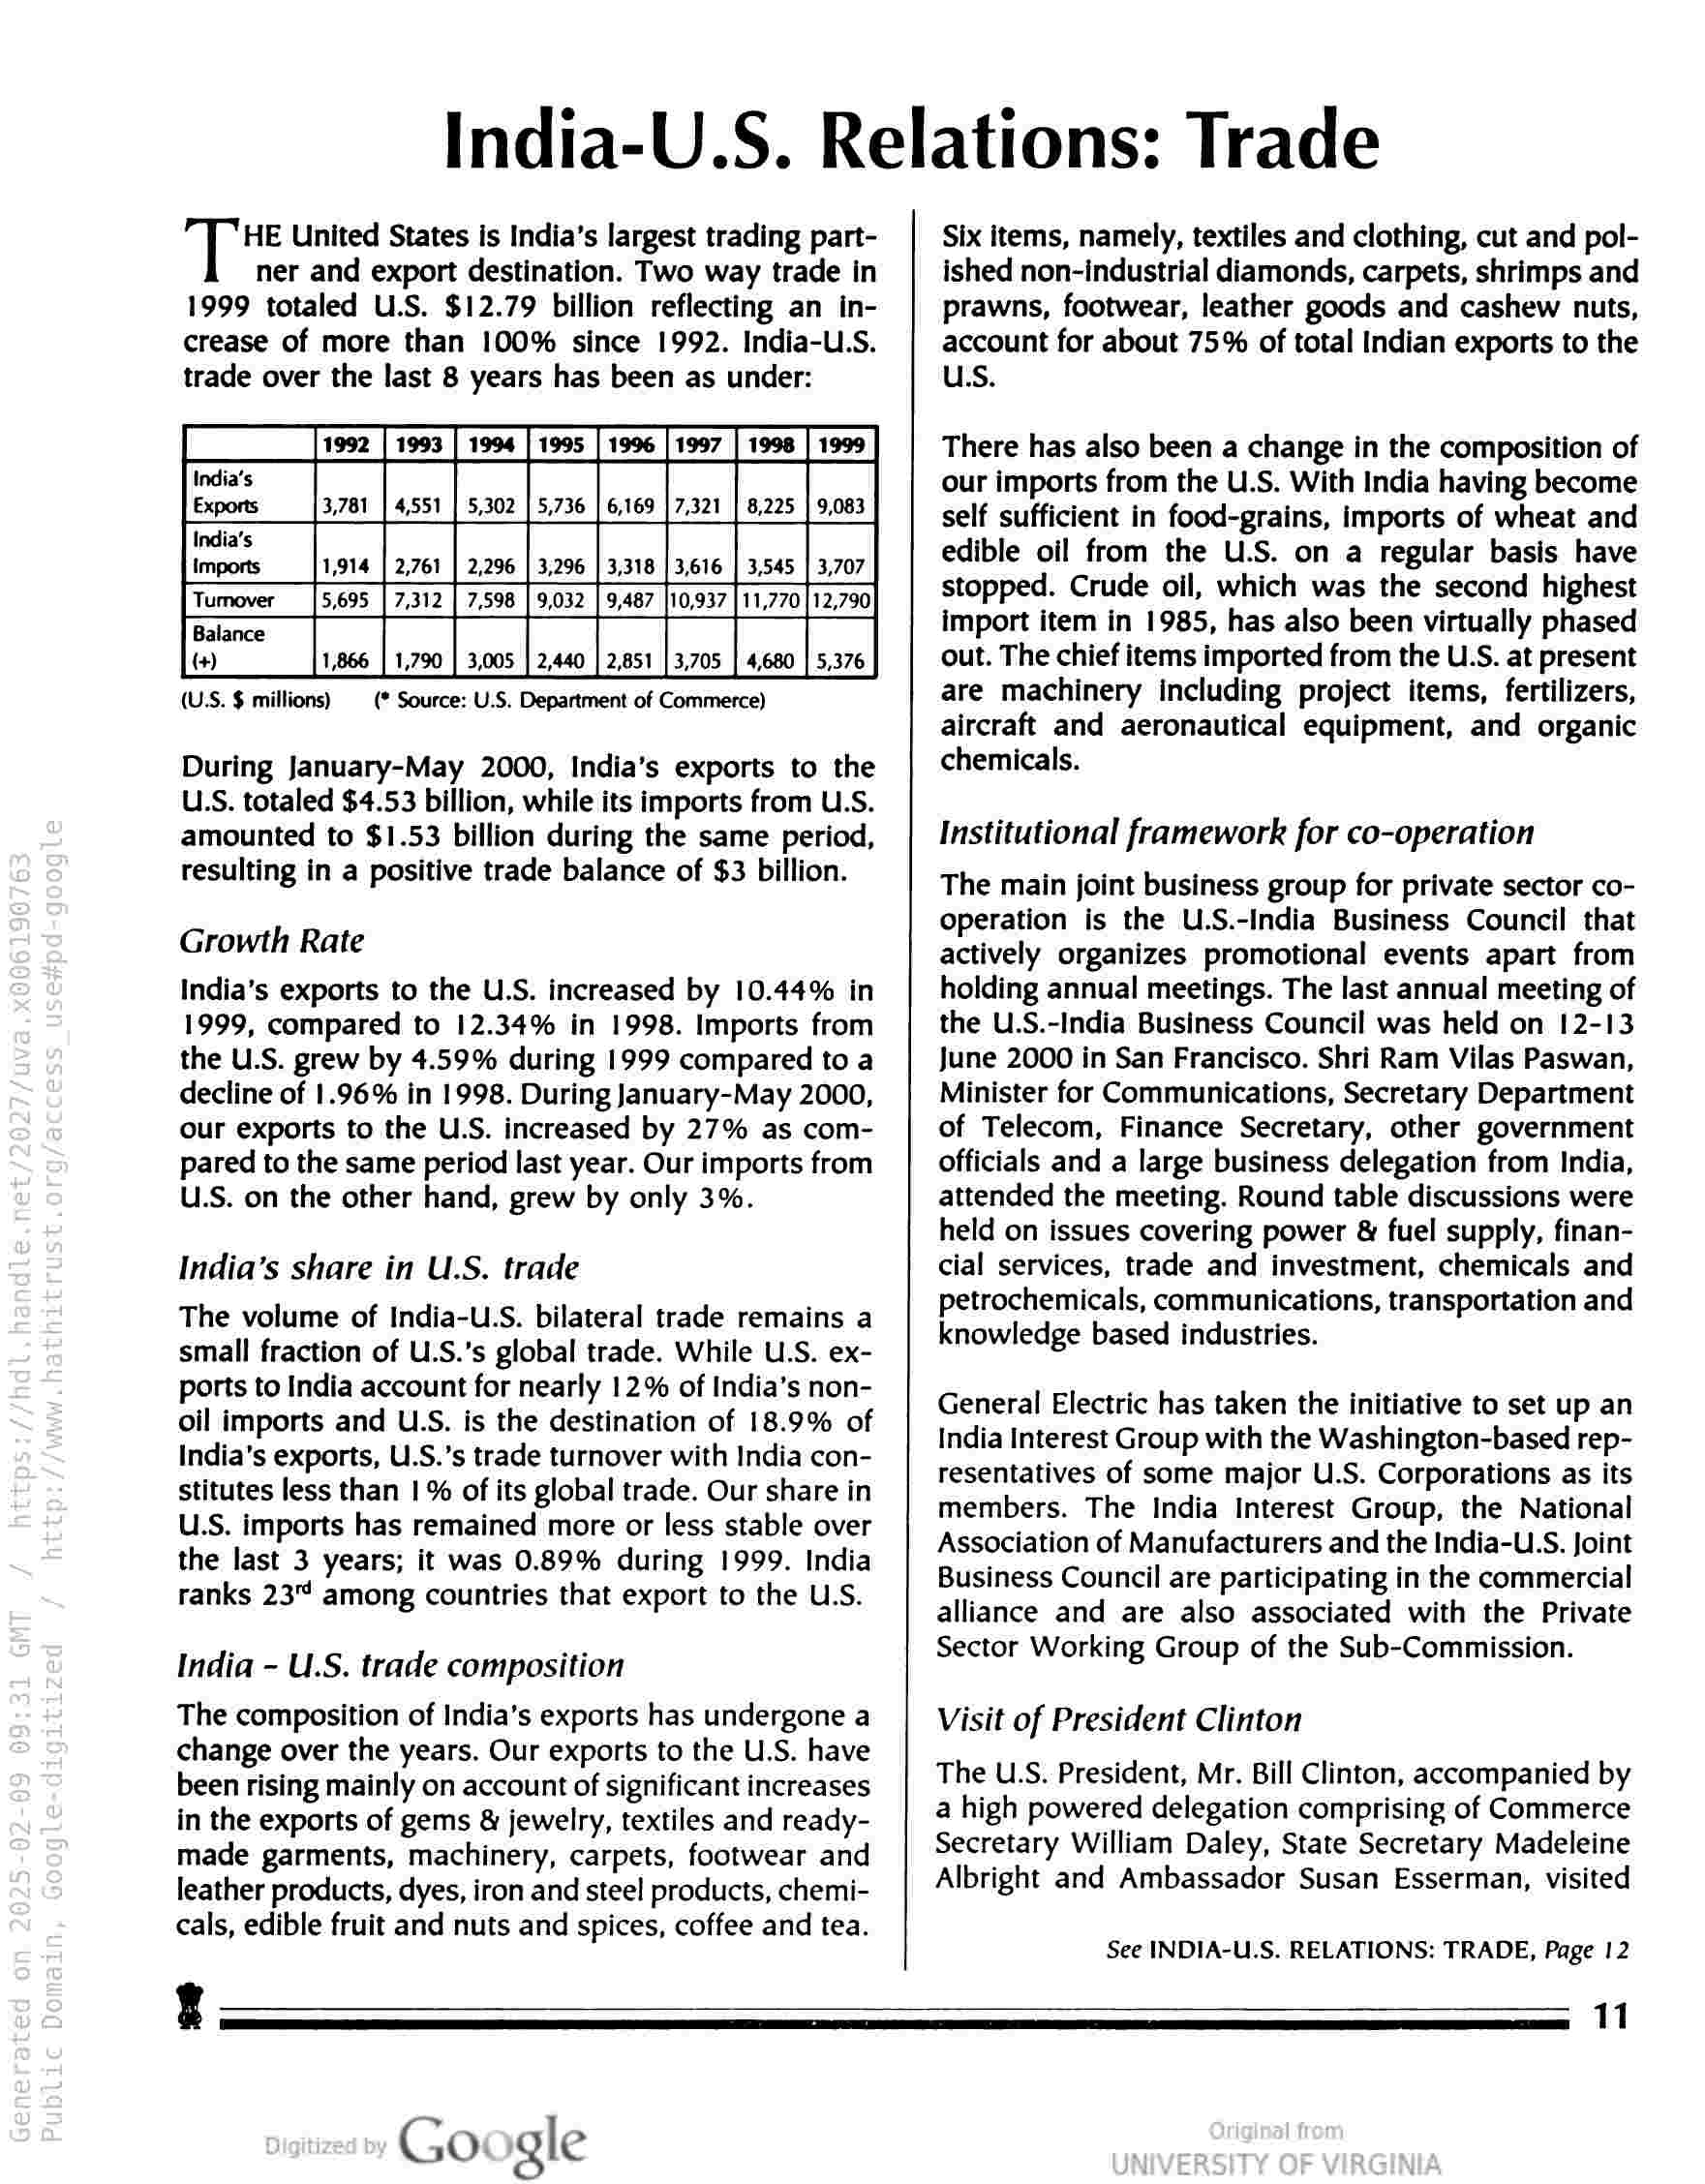
India-U.S. Relations: Trade

HE United States is India’s largest trading part-

ner and export destination. Two way trade in
1999 totaled U.S. $12.79 billion reflecting an in-
crease of more than 100% since 1992. India-U.S.
trade over the last 8 years has been as under:

——
Exports 3,781 5,736 | 6,169 | 7,321 | 8,225 ss
India’s
Imports 2,761 3,296 | 3,318 | 3,616 | 3,545 | 3,707

FTumover [5.95 [7312 [7598 | 9032 | 5487 hosa7 [1,770] 1,700

Balance
(+) 1,866 | 1,790 | 3,005 3,705 | 4,680 | 5,376

(U.S. $ millions) (* Source: U.S. Department of Commerce)

During January-May 2000, India’s exports to the
ULS. totaled $4.53 billion, while its imports from U.S.
amounted to $1.53 billion during the same period,
resulting in a positive trade balance of $3 billion.

Growth Rate

India’s exports to the U.S. increased by 10.44% in
1999, compared to 12.34% in 1998. Imports from
the U.S. grew by 4.59% during 1999 compared to a
decline of 1.96% in 1998. During January-May 2000,
our exports to the U.S. increased by 27% as com-
pared to the same period last year. Our imports from
U.S. on the other hand, grew by only 3%.

India’s share in U.S. trade

The volume of India-U.S. bilateral trade remains a
small fraction of U.S.’s global trade. While U.S. ex-
ports to India account for nearly 12% of India’s non-
oil imports and U.S. is the destination of 18.9% of
India’s exports, U.S.’s trade turnover with India con-
stitutes less than | % of its global trade. Our share in
U.S. imports has remained more or less stable over
the last 3 years; it was 0.89% during 1999. India
ranks 23" among countries that export to the U.S.

India - U.S. trade composition

The composition of India’s exports has undergone a
change over the years. Our exports to the U.S. have
been rising mainly on account of significant increases
in the exports of gems & jewelry, textiles and ready-
made garments, machinery, carpets, footwear and
leather products, dyes, iron and steel products, chemi-
cals, edible fruit and nuts and spices, coffee and tea.

Six items, namely, textiles and clothing, cut and pol-
ished non-industrial diamonds, carpets, shrimps and
prawns, footwear, leather goods and cashew nuts,
account for about 75% of total Indian exports to the
U.S.

There has also been a change in the composition of
our imports from the U.S. With India having become
self sufficient in food-grains, imports of wheat and
edible oil from the U.S. on a regular basis have
stopped. Crude oil, which was the second highest
import item in 1985, has also been virtually phased
out. The chief items imported from the U.S. at present
are machinery including project items, fertilizers,
aircraft and aeronautical equipment, and organic
chemicals.

Institutional framework for co-operation

The main joint business group for private sector co-
operation is the U.S.-India Business Council that
actively organizes promotional events apart from
holding annual meetings. The last annual meeting of
the U.S.-India Business Council was held on 12-13
June 2000 in San Francisco. Shri Ram Vilas Paswan,
Minister for Communications, Secretary Department
of Telecom, Finance Secretary, other government
officials and a large business delegation from India,
attended the meeting. Round table discussions were
held on issues covering power & fuel supply, finan-
cial services, trade and investment, chemicals and
petrochemicals, communications, transportation and
knowledge based industries.

General Electric has taken the initiative to set up an
India Interest Group with the Washington-based rep-
resentatives of some major U.S. Corporations as its
members. The India Interest Group, the National
Association of Manufacturers and the India-US. Joint
Business Council are participating in the commercial
alliance and are also associated with the Private
Sector Working Group of the Sub-Commission.

Visit of President Clinton

The U.S. President, Mr. Bill Clinton, accompanied by
a high powered delegation comprising of Commerce
Secretary William Daley, State Secretary Madeleine
Albright and Ambassador Susan Esserman, visited

See INDIA-U.S. RELATIONS: TRADE, Page 12

Google

11